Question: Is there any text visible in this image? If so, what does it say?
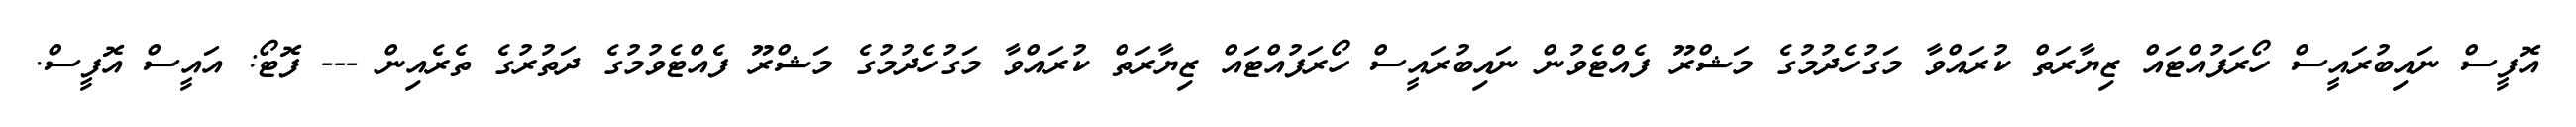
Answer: އޮފީސް ނައިބުރައީސް ހޯރަފުއްޓައް ޒިޔާރަތް ކުރައްވާ މަގުހެދުމުގެ މަޝްރޫ ފެއްޓެވުން ނައިބުރައީސް ހޯރަފުއްޓައް ޒިޔާރަތް ކުރައްވާ މަގުހެދުމުގެ މަޝްރޫ ފެއްޓެވުމުގެ ދަތުރުގެ ތެރެއިން --- ފޮޓޯ: އައީސް އޮފީސް.